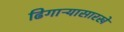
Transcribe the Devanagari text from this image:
ढिगाऱ्यासारखे